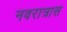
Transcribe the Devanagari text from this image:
नवरात्रास